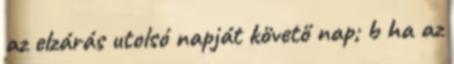
az elzárás utolsó napját követő nap; b ha az